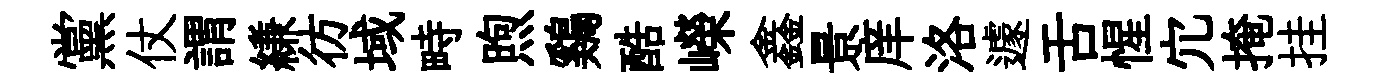
黨仗謂縑彷域畤煦鷄酷嶸鑫景庠洛遽舌惺宂掩挂